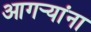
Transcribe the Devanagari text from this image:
आगर्‍यांना